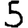
Digit: 5